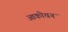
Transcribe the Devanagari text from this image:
आकोचन